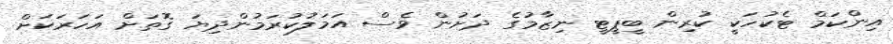
އިންކަމް ޓެކުހަކީ ކުރިން ބީޕީޓީ ނިޒާމުގެ ދަށުން ވެސް އަމަލުކުރަމުންދިޔަ ގޮތަށް އަހަރަކަށް